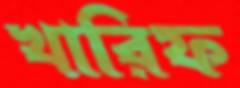
খারিফ